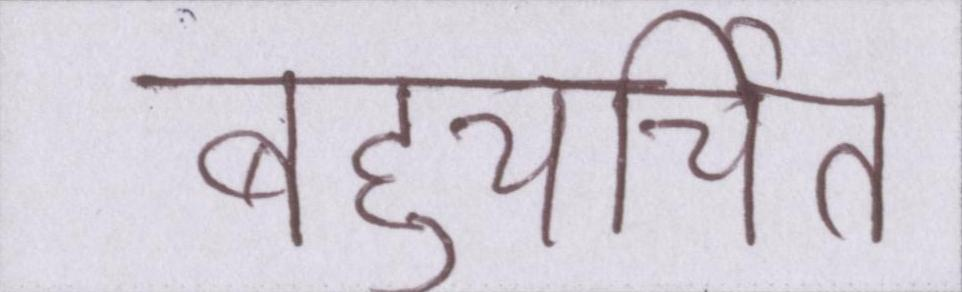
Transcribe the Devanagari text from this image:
बहुचर्चित